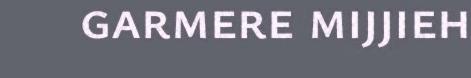
garmere mijjieh